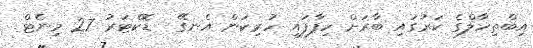
އިބްތިހާލްގެ ކަރުގައި ބާރަށް ހިފާފައި ހުރިކަން އެނގޭ  ޑޮކްޓަރު 27 މިނެޓް